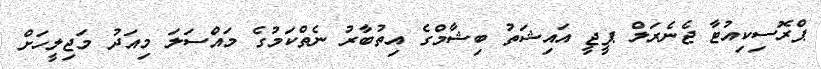
ޕްރޮސިކިއުޓާ ޖެނެރަލް ޕީޖީ އައިޝަތު ބިޝާމްގެ އިތުބާރު ނެތްކަމުގެ މައްސަލަ މިއަދު މަޖިލީހަށް